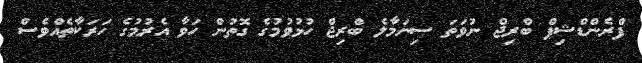
ފްރެންޑްޝިޕް ބްރިޖް ނުވަތަ ސިނަމާލެ ބްރިޖް ހުޅުވުމުގެ ގޮތުން ހަވާ އެރުމުގެ ހަރަކާތެއްވެސް